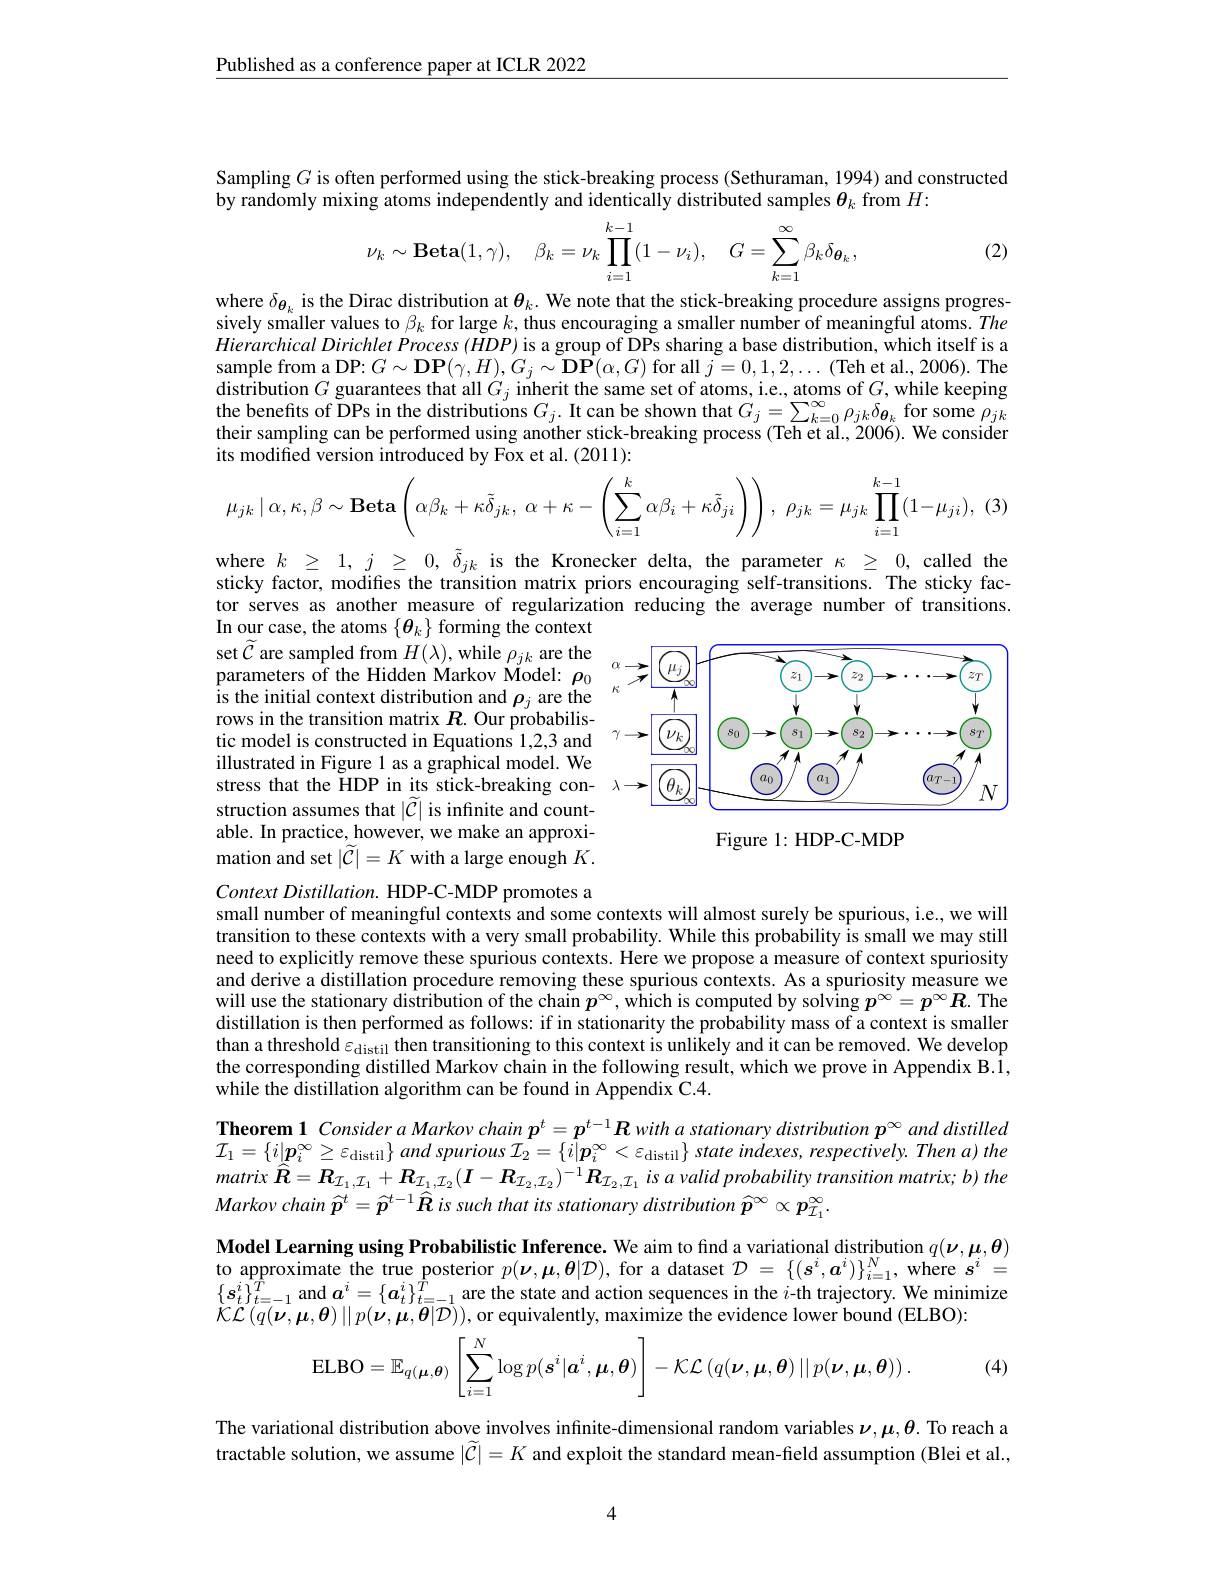
Published as a conference paper at ICLR 2022

Sampling $G$ is often performed using the stick-breaking process (Sethuraman, 1994) and constructed
by randomly mixing atoms independently and identically distributed samples $\theta_k$ from $H:$

(2)
$$\nu_k\sim\mathbf{Beta}(1,\gamma),\quad\beta_k=\nu_k\prod_{i=1}^{k-1}(1-\nu_i),\quad G=\sum_{k=1}^{\infty}\beta_k\delta_{\boldsymbol{\theta}_k},$$
where $\delta_{\boldsymbol{\theta}_k}$ is the Dirac distribution at $\theta_k.$ We note that the stick-breaking procedure assigns progressively smaller values to $\beta_k$ for large $k$, thus encouraging a smaller number of meaningful atoms. The $Hierarchical\textit{ Dirichlet Process( HDP) is a group of DPs sharing a base distribution, which itself is a}$ sample from a DP: $G\sim\mathbf{DP}(\gamma,H),G_{j}\sim\mathbf{DP}(\alpha,G)$ for all $\tilde{j}=0,1,2,\ldots$ (Teh et al., 2006). The $\hat{\text{distribution }G}$ guarantees that all $G_j$ inherit the same set of atoms, i.e., atoms of $G$,while keeping the benefits of DPs in the distributions $G_j.$ It can be shown that $G_j=\sum_{k=0}^\infty\rho_{jk}\delta_{{\boldsymbol{\theta}}_k}$ for some $\rho_{jk}$ their sampling can be performed using another stick-breaking process (Teh et al., 2006). We considen its modified version introduced by Fox et al. (2011):
$$\mu_{jk}\mid\alpha,\kappa,\beta\sim\mathbf{Beta}\left(\alpha\beta_{k}+\kappa\tilde{\delta}_{jk},\:\alpha+\kappa-\left(\sum_{i=1}^{k}\alpha\beta_{i}+\kappa\tilde{\delta}_{ji}\right)\right),\:\rho_{jk}=\mu_{jk}\prod_{i=1}^{k-1}(1-\mu_{ji}),$$
where $k_{2}\geq1,j_{2}\geq0,\tilde{\delta}_{jk}$ is the Kronecker delta, the parameter $\kappa\geq0$, called the sticky factor, modifies the transition matrix priors encouraging self-transitions. The sticky factor serves as another measure of regularization reducing the average number of transitions. In our case, the atoms $\{\boldsymbol{\theta}_k\}$ forming the context

<FigureHere>

set $\widetilde{\mathcal{C}}$ are sampled from $H(\lambda)$,while $\rho_jk$ are the parameters of the Hidden Markov Model: $\rho_0$ ${\mathrm{is~the~initial~context~distribution~and~}\rho_{j}}$ are the rows in the transition matrix $R.$ Our probabilistic model is constructed in Equations 1,2,3 and illustrated in Figure l as a graphical model. We stress that the HDP in its stick-breaking construction assumes that $|\widetilde{C}|$ is infinite and countable. In practice, however, we make an approxi- $\hat{\text{mation and set}}|\tilde{\mathcal{C}}|=K$ with a large enough $K.$

Figure 1: HDP-C-MDP

Context Distillation. HDP-C-MDP promotes a
small number of meaningful contexts and some contexts will almost surely be spurious, i.e., we will transition to these contexts with a very small probability. While this probability is small we may still need to explicitly remove these spurious contexts. Here we propose a measure of context spuriosity and derive a distillation procedure removing these spurious contexts. As a spuriosity measure we will use the stationary distribution of the chain $p^\infty , \text{w\^ {ı }hichiscomputedbysolv\^ {ı }ng}p^\infty = p^\infty \boldsymbol{R}.$ The distillation is then performed as follows: if in stationarity the probability mass of a context is smaller than a threshold $\varepsilon_\mathrm{distil}$ then transitioning to this context is unlikely and it can be removed. We develop the corresponding distilled Markov chain in the following result, which we prove in Appendix B.1, while the distillation algorithm can be found in Appendix C.4.

Theorem $1\textit{Considera Markov chain }\boldsymbol{p}^t= \boldsymbol{p}^{t- 1}\boldsymbol{R}$ with a stationary distribution $\boldsymbol p^\infty$ and distilled $\mathcal{I} _{1}= \left \{ i| \boldsymbol{p}_{i}^{\infty }\geq \varepsilon _{\mathrm{distil}}\right \} and$ spurious $\mathcal{I} _{2}= \left \{ i| \boldsymbol{p}_{i}^{\infty }< \varepsilon _{\mathrm{distil}}\right \}$ state $indexes$, $respectively.$ Then $a)$ the matrix $\widehat{R} = R_{I_1, I_1}+ R_{I_1, I_2}( I- R_{I_2, I_2}) ^{- 1}R_{I_2, I_1}$ $is$ $a$ valid probability transition $matrix;$ $b)$ the $Markovchain\widehat{p}^t=\widehat{p}^{t-1}\widehat{\boldsymbol{R}}$ is such that its stationary distribution $\widehat{\boldsymbol{p}}^\infty\propto\boldsymbol{p}_{I_1}^\infty.$

Model Learning using Probabilistic Inference. We aim to fınd a variational distribution $q(\boldsymbol{\nu},\boldsymbol{\mu},\boldsymbol{\theta})$ to approximate the true posterior $p(\boldsymbol{\nu},\boldsymbol{\mu},\boldsymbol{\theta}|\mathcal{D})$, for a dataset $\mathcal{D}=\{(s^i,\boldsymbol{a}^i)\}_{i=1}^N$, where $\boldsymbol s^i=$ $\begin{array}{l}\{\boldsymbol{s}_t^i\}_{t=-1}^T\\\mathcal{a}_t^i\}_{t=-1}^T\end{array}$and $\boldsymbol a^i=\{\boldsymbol{a}_t^i\}_{t=-1}^T$ are the state and action sequences in the $i$-th trajectory. We minimize $\mathcal{K}\mathcal{L}(q(\boldsymbol{\nu},\boldsymbol{\mu},\boldsymbol{\theta})\mid\mid p(\boldsymbol{\nu},\boldsymbol{\mu},\boldsymbol{\theta}|\mathcal{D}))$,or equivalently, maximize the evidence lower bound (ELBO):

(4)
$$\mathrm{ELBO}=\mathbb{E}_{q(\boldsymbol{\mu},\boldsymbol{\theta})}\left[\sum_{i=1}^N\log p(\boldsymbol{s}^i|\boldsymbol{a}^i,\boldsymbol{\mu},\boldsymbol{\theta})\right]-\mathcal{KL}\left(q(\boldsymbol{\nu},\boldsymbol{\mu},\boldsymbol{\theta})\mid\mid p(\boldsymbol{\nu},\boldsymbol{\mu},\boldsymbol{\theta})\right).$$
The variational distribution above involves infinite-dimensional random variables $\nu,\mu,\theta$. To reach a tractable solution, we assume $|\widetilde{\mathcal{C}}|=K$ and exploit the standard mean-field assumption (Blei et al.,

4